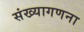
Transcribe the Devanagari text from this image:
संख्यागणना